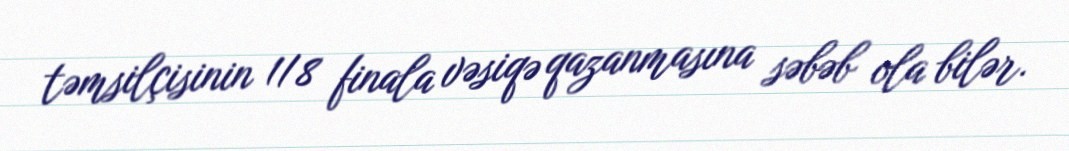
təmsilçisinin 1/8 finala vəsiqə qazanmasına səbəb ola bilər.